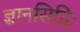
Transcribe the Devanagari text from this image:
ज्ञानसिद्धिः